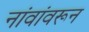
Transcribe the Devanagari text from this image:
नांवांवरून